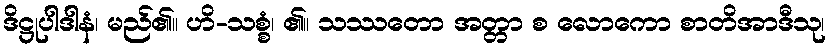
ဒိဋ္ဌုပါဒါနံ၊ မည်၏။ ဟိ-သစ္စံ၊ ၏။ သဿတော အတ္တာ စ လောကော စာတိအာဒီသု၊